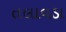
તલાવડા